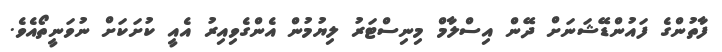
ފާތުންގެ ފައުންޑޭޝަނަށް ދޭން އިސްލާމް މިނިސްޓަރު ލިޔުމުން އެންގެވިއިރު އެއީ ކުށަކަށް ނުވަނީތޯއެވެ.